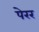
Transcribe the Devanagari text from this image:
पेरर